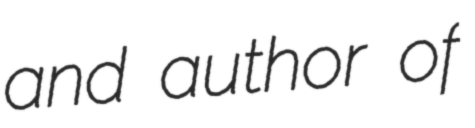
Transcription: and author of